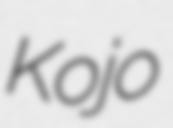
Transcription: Kojo